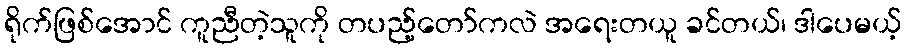
ရိုက်ဖြစ်အောင် ကူညီတဲ့သူကို တပည့်တော်ကလဲ အရေးတယူ ခင်တယ်၊ ဒါပေမယ့်